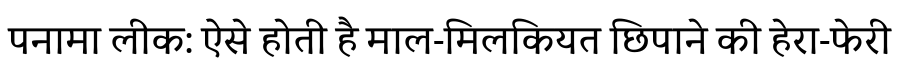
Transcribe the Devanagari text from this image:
पनामा लीक: ऐसे होती है माल-मिलकियत छिपाने की हेरा-फेरी